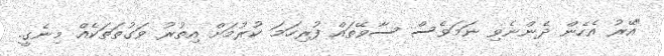
"އޭރު އެހެން ދެންނެވި ނަމަވެސް ސާވޭތައް ފުރިހަމަ ކުރުމަށް އިތުރު ވަގުތަތަކެއް މިނެގީ.